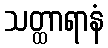
သတ္ထာရာနံ